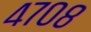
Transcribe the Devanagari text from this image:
४७०८